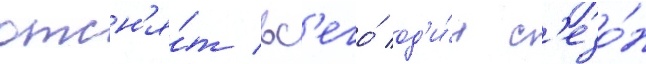
отсн'я́т вс'его́ од'и́н с'езо́н